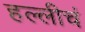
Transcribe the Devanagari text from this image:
हल्लीचं